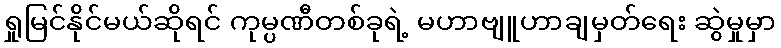
ရှုမြင်နိုင်မယ်ဆိုရင် ကုမ္ပဏီတစ်ခုရဲ့ မဟာဗျူဟာချမှတ်ရေး ဆွဲမှုမှာ